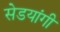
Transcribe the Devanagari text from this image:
सेडयांगी